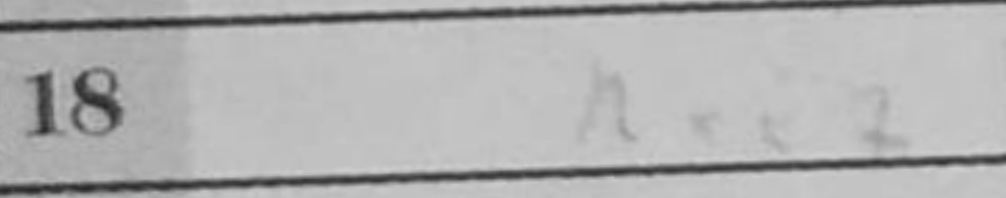
Transcription: Rxe7